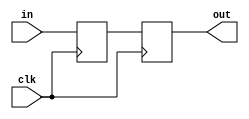
//synchronize inputs with the clock
module synchronize(clk,in,out);
	parameter NSYNC = 2 ;
	input clk;
	input in;
	output out;
	
	reg [NSYNC-2:0] sync;
	reg out;
	
	always @ (posedge clk)
	begin
		{out,sync} <= {sync[NSYNC-2:0],in};
	end
endmodule